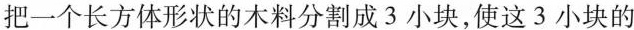
把一个长方体形状的木料分割成3小块，使这3小块的